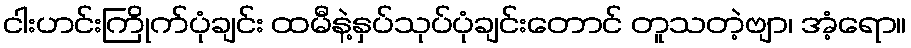
ငါးဟင်းကြိုက်ပုံချင်း ထမီနဲ့နှပ်သုပ်ပုံချင်းတောင် တူသတဲ့ဗျာ၊ အံ့ရော။